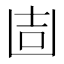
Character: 𠚌